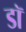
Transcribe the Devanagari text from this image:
डॉ